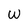
Character: W